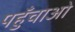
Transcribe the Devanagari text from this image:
पहुँचाओ